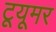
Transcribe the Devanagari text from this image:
टूयूमर